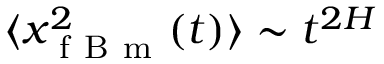
\langle x _ { \mathrm { ~ f ~ B ~ m ~ } } ^ { 2 } ( t ) \rangle \sim t ^ { 2 H }